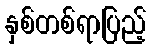
နှစ်တစ်ရာပြည့်